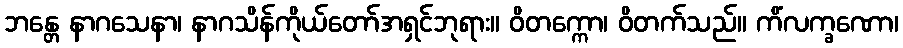
ဘန္တေ နာဂသေနာ၊ နာဂသိန်ကိုယ်တော်အရှင်ဘုရား။ ဝိတက္ကော၊ ဝိတက်သည်။ ကိံလက္ခဏော၊